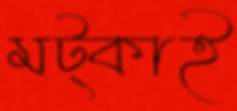
মট্‌কাই